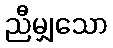
ညီမျှသော